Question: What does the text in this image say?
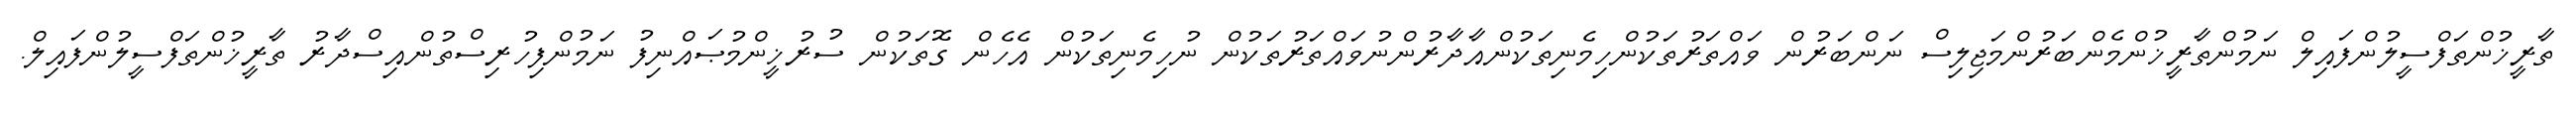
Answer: ތާރީޚުންތަފްސީލުންފައިލް ނަމުންތާރީޚުންމެންބަރުންމަޖިލިސް ނަންބަރުން ވައްތަރުތަކުންހިމެނިތަކުންއާދާރުންނުވައްތަރުތަކުން ނުހިމެނިތަކުން އެހެން ގޮތަކުން ސުރުޚީންމުޞައްނިފު ނަމުންފިހުރިސްތުންއިސްދާރު ތާރީޚުންތަފްސީލުންފައިލް.